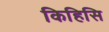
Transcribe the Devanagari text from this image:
किहिसि